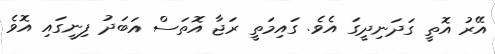
އޭރު އޮތީ ގަދަނިދީގަ އެވެ. ގައިމަތީ ރަޖާ އޮތަސް އަބަދު ފިނީގައި އޮވެ